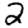
Digit: 2